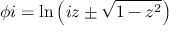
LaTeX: \phi i = \ln \left( i z \pm { \sqrt { 1 - z ^ { 2 } } } \right)